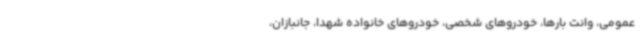
عمومی، وانت بارها، خودروهای شخصی، خودروهای خانواده شهدا، جانبازان،